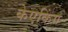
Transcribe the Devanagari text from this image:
केएकिंग